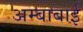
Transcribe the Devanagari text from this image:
अम्बाबाई